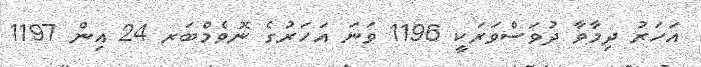
އަހަރު ދިމާވާ ދުވަސްވަރަކީ 1196 ވަނަ އަހަރުގެ ނޮވެމްބަރ 24 އިން 1197